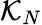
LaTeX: \mathcal{K}_{N}